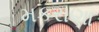
મકરાણા